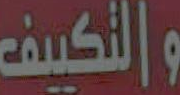
والتكييف